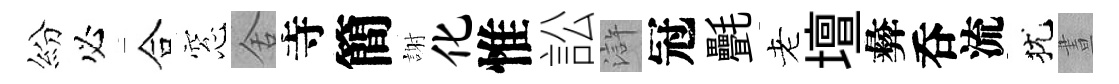
紛必合窓舍寺簡謝化惟訟滸冠㲲老壇彜呑流犹晝